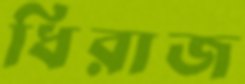
ধিরাজ